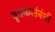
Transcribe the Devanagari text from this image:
वृक्कसंबंधी